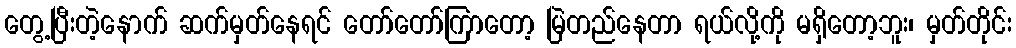
တွေ့ပြီးတဲ့နောက် ဆက်မှတ်နေရင် တော်တော်ကြာတော့ မြဲတည်နေတာ ရယ်လို့ကို မရှိတော့ဘူး၊ မှတ်တိုင်း